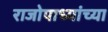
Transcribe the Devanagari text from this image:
राजोपाध्यांच्या